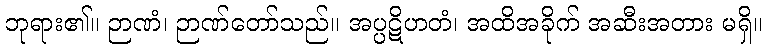
ဘုရား၏။ ဉာဏံ၊ ဉာဏ်တော်သည်။ အပ္ပဋိဟတံ၊ အထိအခိုက် အဆီးအတား မရှိ။